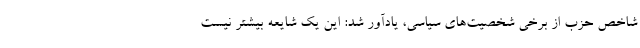
شاخص حزب از برخی شخصیت‌های سیاسی، یادآور شد: این یک شایعه بیشتر نیست